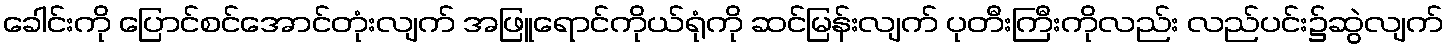
ခေါင်းကို ပြောင်စင်အောင်တုံးလျက် အဖြူရောင်ကိုယ်ရုံကို ဆင်မြန်းလျက် ပုတီးကြီးကိုလည်း လည်ပင်း၌ဆွဲလျက်